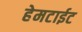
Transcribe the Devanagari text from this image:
हेमटाईट